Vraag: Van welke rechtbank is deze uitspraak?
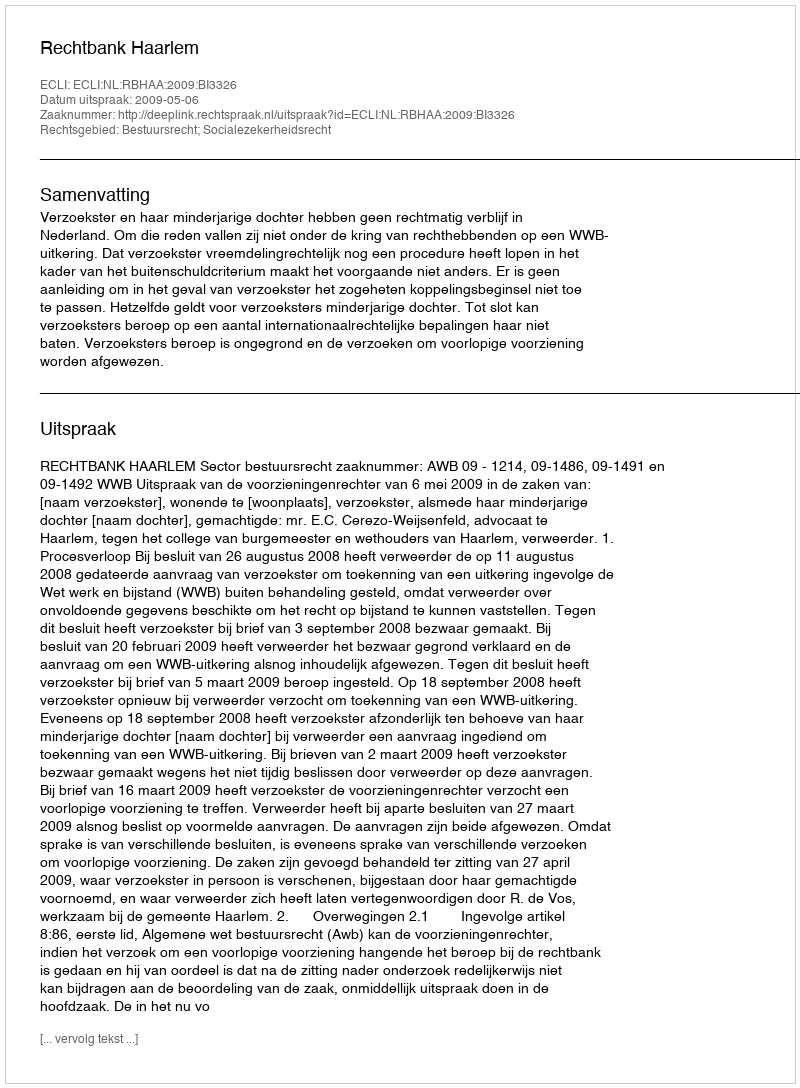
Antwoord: Rechtbank Haarlem